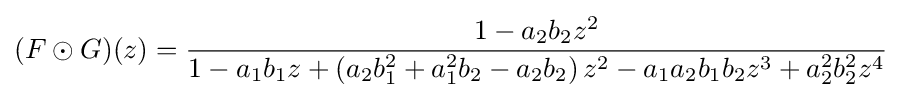
(F\odot G)(z)={\frac {1-a_{2}b_{2}z^{2}}{1-a_{1}b_{1}z+\left(a_{2}b_{1}^{2}+a_{1}^{2}b_{2}-a_{2}b_{2}\right)z^{2}-a_{1}a_{2}b_{1}b_{2}z^{3}+a_{2}^{2}b_{2}^{2}z^{4}}}